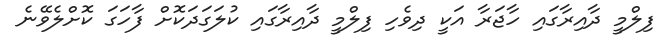
ފިލްމީ ދާއިރާގައި ހާޖަރާ އަކީ ދިވެހި ފިލްމީ ދާއިރާގައި ކުލަގަދަކޮށް ފާހަގަ ކޮށްލެވޭނެ